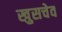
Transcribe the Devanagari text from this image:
खुसचेव